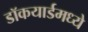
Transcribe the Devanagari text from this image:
डॉकयार्डमध्ये